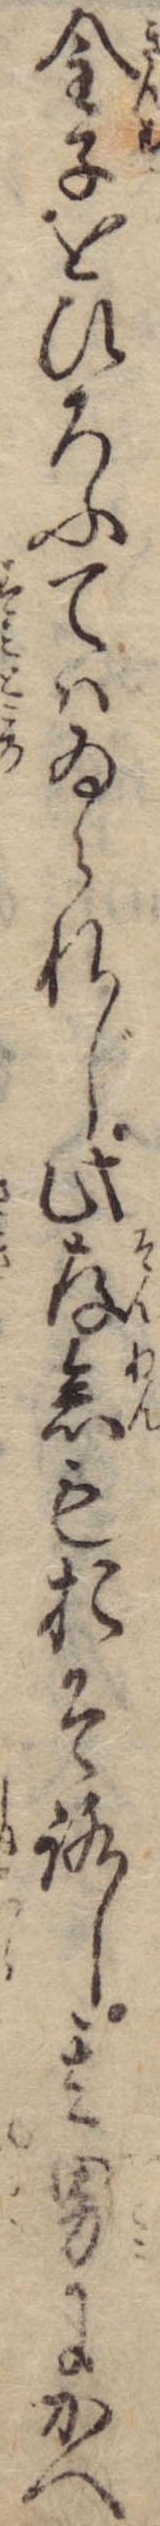
金子をひろふてはゐられじ此存念もおそろし其男にかへ